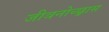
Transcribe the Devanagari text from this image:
जीवनोच्छ्वास